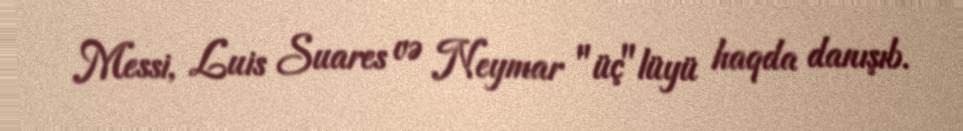
Messi, Luis Suares və Neymar "üç"lüyü haqda danışıb.